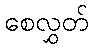
စေလွှတ်